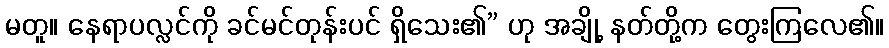
မတူ။ နေရာပလ္လင်ကို ခင်မင်တုန်းပင် ရှိသေး၏” ဟု အချို့ နတ်တို့က တွေးကြလေ၏။